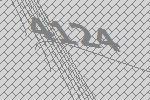
4124